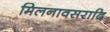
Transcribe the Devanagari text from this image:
मिलनावसरादि